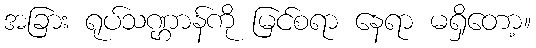
အခြား ရုပ်သဏ္ဌာန်ကို မြင်စရာ နေရာ မရှိတော့။